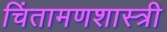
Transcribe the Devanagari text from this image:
चिंतामणशास्त्री